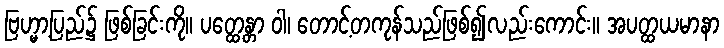
ဗြဟ္မာ့ပြည်၌ ဖြစ်ခြင်းကို။ ပတ္ထေန္တာ ဝါ၊ တောင့်တကုန်သည်ဖြစ်၍လည်းကောင်း။ အပတ္ထယမာနာ